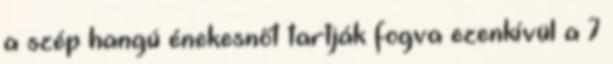
a szép hangú énekesnőt tartják fogva ezenkívül a 7